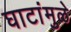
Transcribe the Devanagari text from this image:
घाटांमुळे